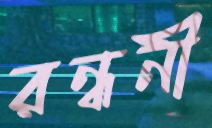
রন্ধনী